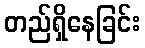
တည်ရှိနေခြင်း